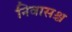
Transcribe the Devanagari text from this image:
निवासश्च